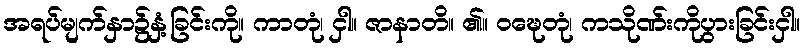
အရပ်မျက်နှာ၌နှံ့ခြင်းကို။ ကာတုံ၊ ငှါ။ ဇာနာတိ။ ၏။ ဝဍ္ဎေတုံ၊ ကသိုဏ်းကိုပွားခြင်းငှါ။